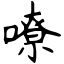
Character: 嘹